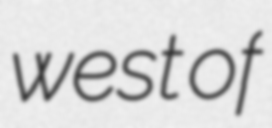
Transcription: west of